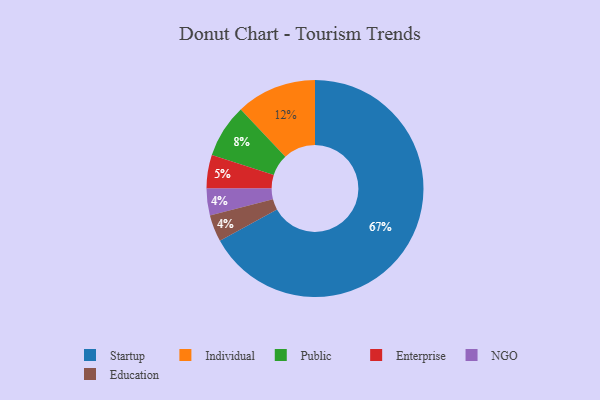
{"axis": {"x": "Category", "y": "Percentage"}, "legend": ["Education", "Enterprise", "Individual", "NGO", "Public", "Startup"], "data": [{"x": "Individual", "y": 12, "type": "Individual"}, {"x": "NGO", "y": 4, "type": "NGO"}, {"x": "Enterprise", "y": 5, "type": "Enterprise"}, {"x": "Education", "y": 4, "type": "Education"}, {"x": "Public", "y": 8, "type": "Public"}, {"x": "Startup", "y": 67, "type": "Startup"}]}